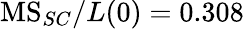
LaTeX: \textrm{MS}_{SC}/L(0)=0.308